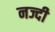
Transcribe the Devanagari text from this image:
नज्दी